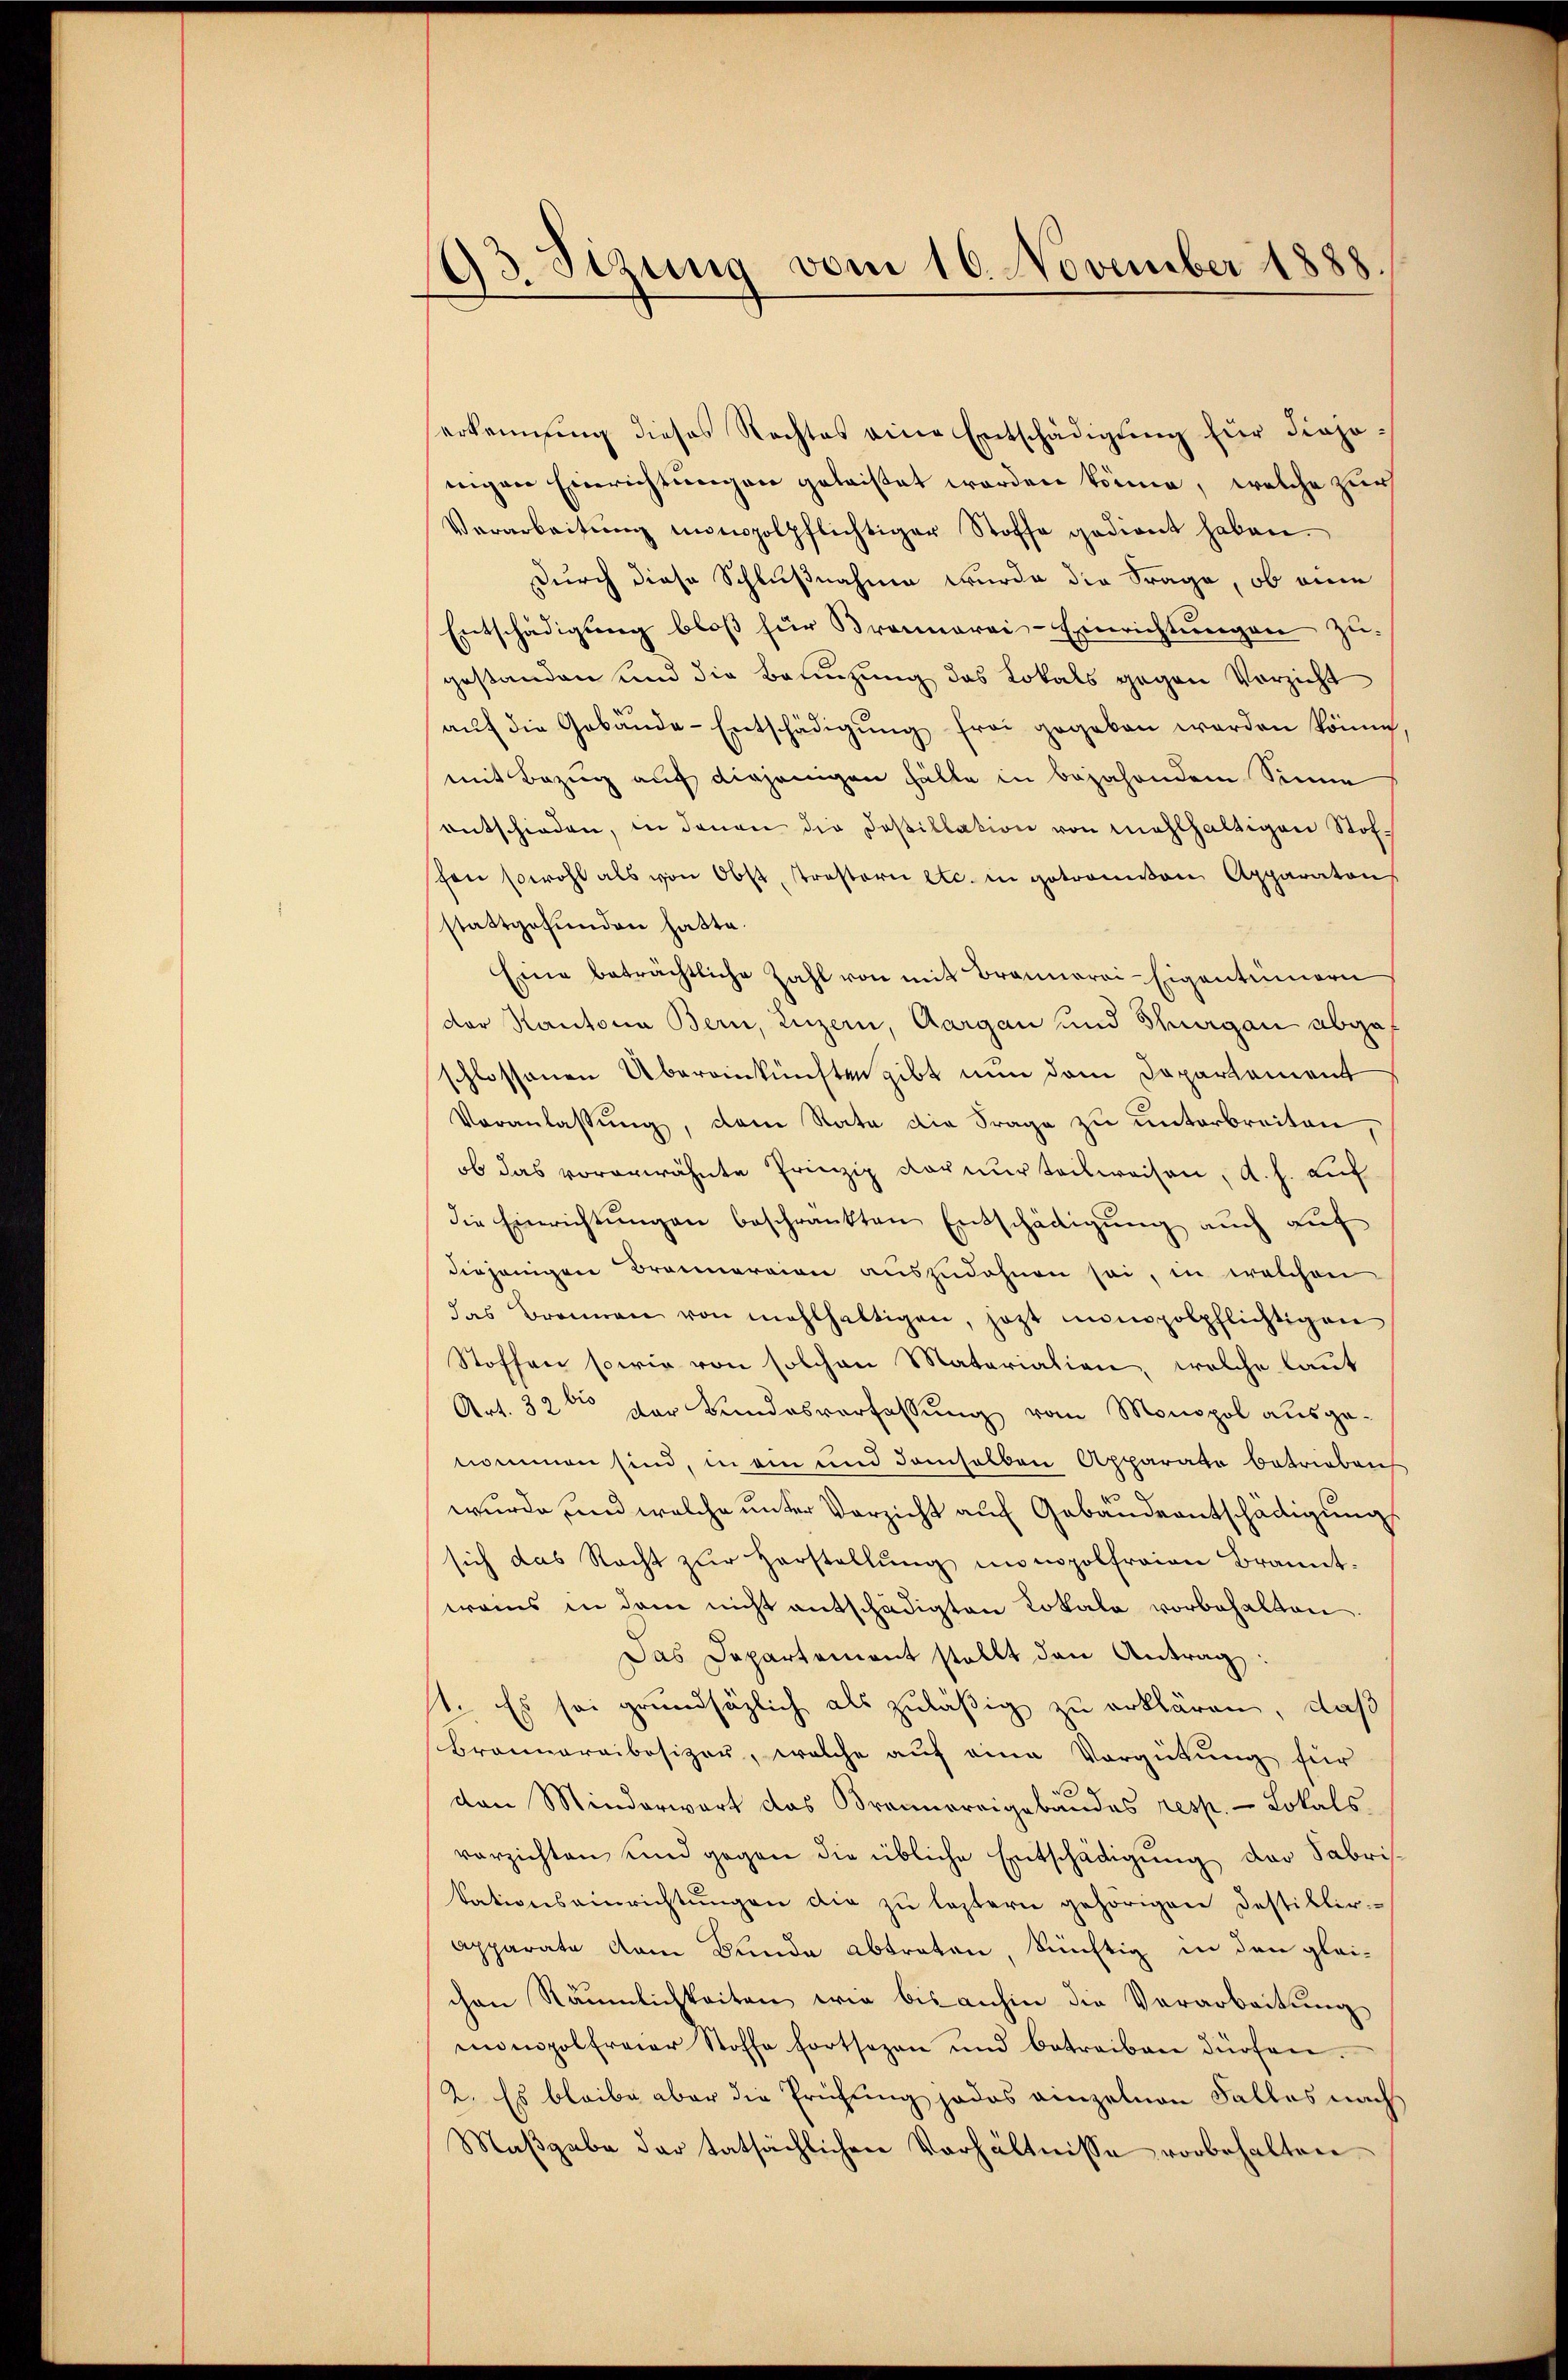
193. Sizung vom 16. November 1888.

erkennung dieses Rechtes eine Entschädigŭng für diejo-
nnigen Einrichtungen geleistet worden könne, welche zur
Verarbeitŭng monopolpflichtiger Stoffe gedient haben.
durch diese Schlußnahme wurde die Frage, ob eine
Entschädigung bloß für Brannerei-Einrichtungen zugestanden und die Beenzung das Lokals gegen Vorzicht
auf die Gebäude-Entschädigung frei gegeben werden könne
mit Bezug auf diejenigen Fälle in bejahendem Sinne
entschieden, in denen die Dosillation von Mahlhaltigen Stofhen sowohl als von Obst, Trostern etc. in getronen Apparatons
stattgefunden hatte.
Eine beträchtliche Zahl von mit Brannerei-Eigentümern
der Kantona Bern, Luzern, Aargau und Thurgau abgeschlossenen Übereinkünften gibt nun dem Departement
Veranlassŭng, dem Rata die Frage zu unterbreiten,
ob das vorerwähnte Prinzip der nur teilweisen, d. h. auf
die Einrichtŭngen beschränkten Entschädigŭng aŭch aŭf
diejenigen Brannereien auszudehnen sei, in welchen
das Brennen von mahlhaltigen, jetzt impolpflichtigen
Stoffen sowie von solchen Materialien, welche laut
Art. 32 ten der Bundesverfassung vom Monopol ausgenommen sind, in ein und demselben Apparate betrieben
wurde und welche unter Verzicht auf Gebäudeentschädigung
sich das Nacht zŭr Herstellŭng monopolfraien Brannt.
wens in dem nicht entschädigten Lokala vorbehalten.
Das Departement stellt den Antrag
t. Es sei grundsätzlich als zuläßig zu erklären, daß
Braunaraibosizer, welche auf eine Vergütung für
s
den Minderwart das Brannereigebandes resp. Lokals
verzichten und gegen die übliche Entschädigung der Fabriskationseinrichtŭngen die zŭ leztern gehörigen Destillir-
Apparate dem Bunde abtreten, künftig in den glei-
chen Räumlichkeiten wie bis anhin die Vorarbeitung
monopolfreier Stoffe fortsozen und betreiben dürfen.
2. Es bleibe aber die Prüfung jedes einzelnen Falles nach
Maßgabe der tatsächlichen Verhältnisse vorbehalten